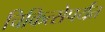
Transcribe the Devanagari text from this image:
चिकित्सेपर्यंत